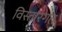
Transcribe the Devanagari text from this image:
विस्तारगत